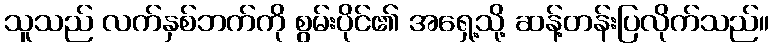
သူသည် လက်နှစ်ဘက်ကို စွမ်းပိုင်၏ အရှေ့သို့ ဆန့်တန်းပြလိုက်သည်။